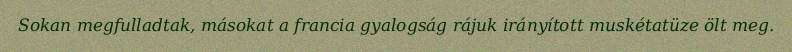
Sokan megfulladtak, másokat a francia gyalogság rájuk irányított muskétatüze ölt meg.